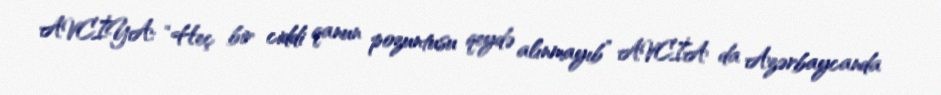
AVCİYA: “Heç bir ciddi qanun pozuntusu qeydə alınmayıb” AVCİA da Azərbaycanda